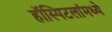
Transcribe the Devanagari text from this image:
हॉस्पिटलांमध्ये